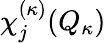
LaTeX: \chi_{j}^{(\kappa)}(Q_{\kappa})